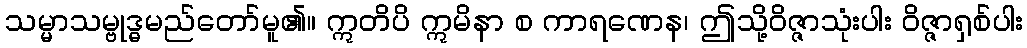
သမ္မာသမ္ဗုဒ္ဓမည်တော်မူ၏။ ဣတိပိ ဣမိနာ စ ကာရဏေန၊ ဤသို့ဝိဇ္ဇာသုံးပါး ဝိဇ္ဇာရှစ်ပါး